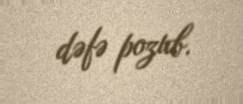
dəfə pozub.